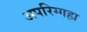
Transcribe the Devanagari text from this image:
अपरिग्गहा